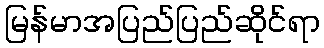
မြန်မာအပြည်ပြည်ဆိုင်ရာ